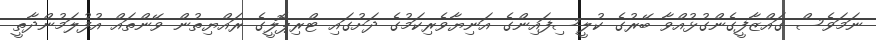
ނަމަވެސް ގައްޒާފީގެންގުޅުއްވާ ބޭރުގެ ކުލީސިފައިންގެ އަނިޔާވެރިކަމުގެ ދަށުގައި ޓްރިޕޮލީގެ ރައްޔިތުން ވޭންތައް އުފުލަމުންދާތީ